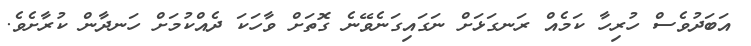
އަބަދުވެސް ހުރިހާ ކަމެއް ރަނގަޅަށް ނަގައިގަނެވޭނެ ގޮތަށް ވާހަކަ ދެއްކުމަށް ހަނދާން ކުރާށެވެ.